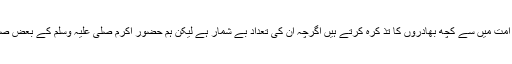
حضور اکرم صلی اللہ علیہ وسلم کے بعد ہم آپ کی امت میں سے کچھ بھادروں کا تذ کرہ کرتے ہیں اگرچہ ان کی تعداد بے شمار ہے لیکن ہم حضور اکرم صلی علیہ وسلم کے بعض صحابہ کرام سمیت کچھ حضرات کا تذکرہ کریں گے۔